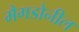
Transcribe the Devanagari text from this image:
मैगडोनील